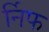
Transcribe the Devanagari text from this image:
र्निफ